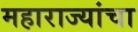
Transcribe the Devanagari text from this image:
महाराज्यांचा